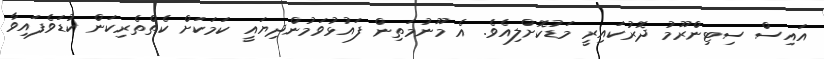
އައިސް ސިޓިންރޫމު ދޮރުކައިރީ މަޑުކޮށްލިއެވެ. އެ މޫނުމަތިން ފައުޅުވަމުންދިޔައީ ކަމަކަށް ކެތްތެރިކަން ކުޑަވެފައިވާ